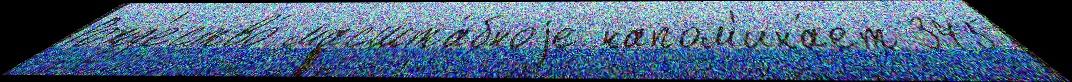
Рожд'ество́ масшта́бноjе напом'ина́ет 375